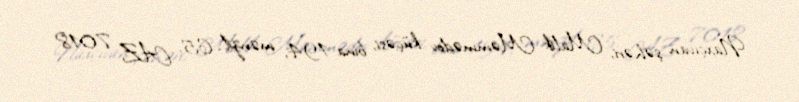
Naxçıvan şəhəri, Malik Məmmədov küçəsi, bina 194, mənzil 65, AZ 7018